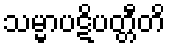
သမ္မာပဋိပတ္တီတိ